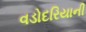
વડોદરિયાની